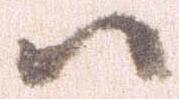
ハ